Report of the Bombay Plague Committee
Disease focus: Plague
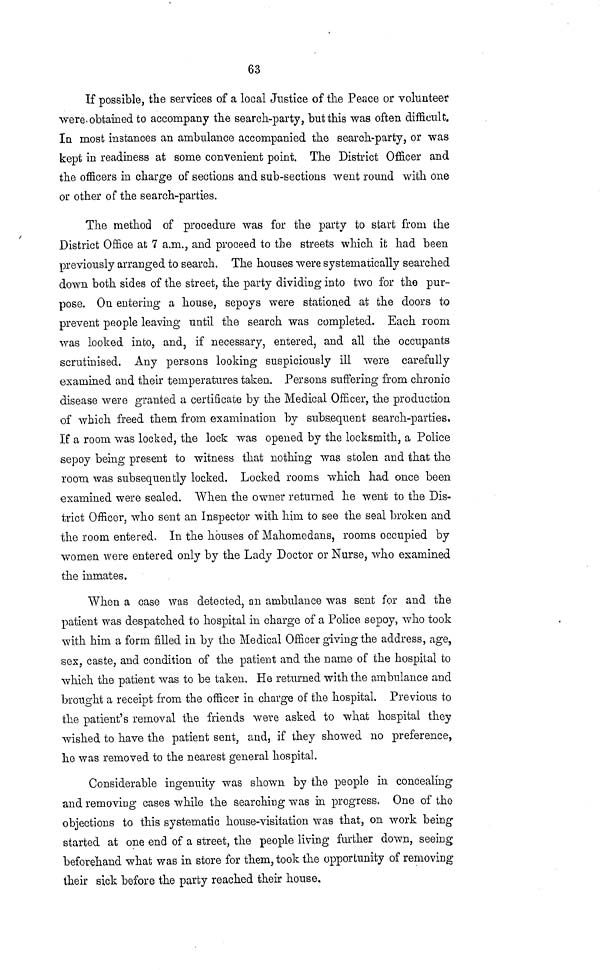
63
If possible, the services of a local Justice of the Peace or volunteer
were obtained to accompany the search-party, but this was often difficult.
In most instances an ambulance accompanied the search-party, or was
kept in readiness at some convenient point. The District Officer and
the officers in charge of sections and sub-sections went round with one
or other of the search-parties.
The method of procedure was for the party to start from the
District Office at 7 a.m., and proceed to the streets which it had been
previously arranged to search. The houses were systematically searched
down both sides of the street, the party dividing into two for the pur-
pose. On entering a house, sepoys were stationed at the doors to
prevent people leaving until the search was completed. Each room
was looked into, and, if necessary, entered, and all the occupants
scrutinised. Any persons looking suspiciously ill were carefully
examined and their temperatures taken. Persons suffering from chronic
disease were granted a certificate by the Medical Officer, the production
of which freed them from examination by subsequent search-parties,
If a room, was locked, the lock was opened by the locksmith, a Police
sepoy being present to witness that nothing was stolen and that the
room was subsequently locked. Locked rooms which had once been
examined were sealed. When the owner returned he went to the Dis-
trict Officer, who sent an Inspector with him to see the seal broken and
the room entered In the houses of Mahomedans, rooms occupied by
women were entered only by the Lady Doctor or Nurse, who examined
the inmates.
When a case was detected, an ambulance was sent for and the
patient was despatched to hospital in charge of a Police sepoy, who took
with him a form filled in by the Medical Officer giving the address, age,
sex, caste, and condition of the patient and the name of the hospital to
which the patient was to be taken. He returned with the ambulance and
brought a receipt from the officer in charge of the hospital. Previous to
the patient's removal the friends were asked to what hospital they
wished to have the patient sent, and, if they showed no preference,
he was removed to the nearest general hospital.
Considerable ingenuity was shown by the people in concealing
and removing cases while the searching was in progress. One of the
objections to this systematic house-visitation was that, on work being
started at one end of a street, the people living further down, seeing
beforehand what was in store for them, took the opportunity of removing
their sick before the party reached their house.